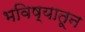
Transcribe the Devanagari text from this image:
भविष्यातून